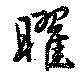
曜